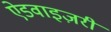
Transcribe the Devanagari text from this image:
ऐडवाइज़री